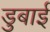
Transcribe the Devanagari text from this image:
डुबाई